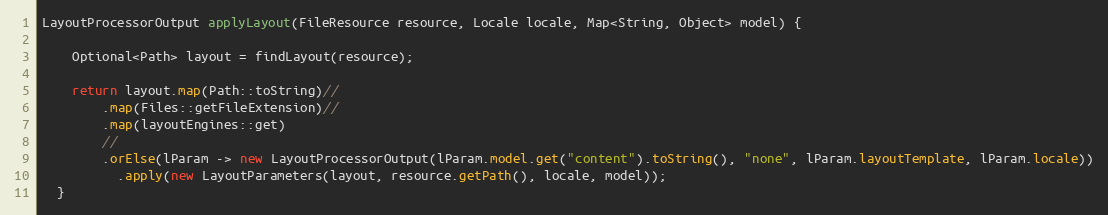
Language: Java
LayoutProcessorOutput applyLayout(FileResource resource, Locale locale, Map<String, Object> model) {

    Optional<Path> layout = findLayout(resource);

    return layout.map(Path::toString)//
        .map(Files::getFileExtension)//
        .map(layoutEngines::get)
        //
        .orElse(lParam -> new LayoutProcessorOutput(lParam.model.get("content").toString(), "none", lParam.layoutTemplate, lParam.locale))
          .apply(new LayoutParameters(layout, resource.getPath(), locale, model));
  }